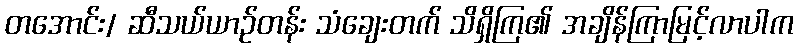
တအောင်း/ ဆီသယ်ယာဉ်တန်း သံချေးတက် သိရှိကြ၏ အချိန်ကြာမြင့်လာပါက